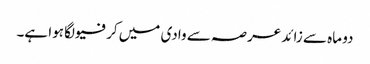
دو ماہ سے زائد عرصہ سے وادی میں کرفیو لگا ہوا ہے۔